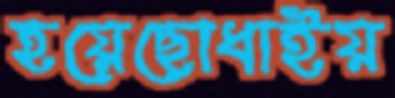
হয়েছোধাইয়